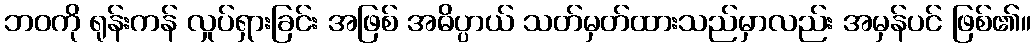
ဘဝကို ရုန်းကန် လှုပ်ရှားခြင်း အဖြစ် အဓိပ္ပာယ် သတ်မှတ်ထားသည်မှာလည်း အမှန်ပင် ဖြစ်၏။